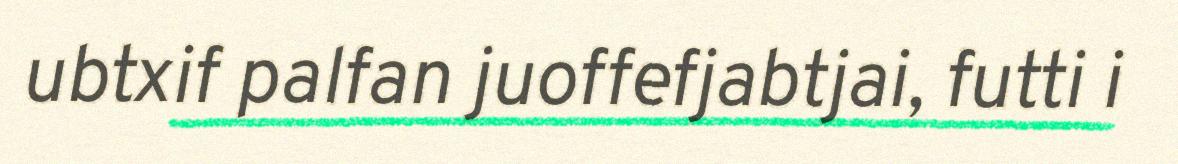
ubtxif palfan juoffefjabtjai, futti i